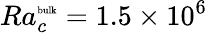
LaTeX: Ra_{c}^{\mathrm{\tiny{bulk}}}=1.5\times 10^{6}